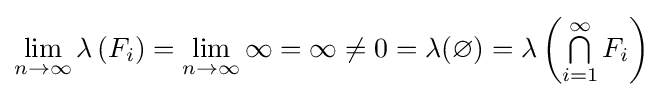
\lim _{n\to \infty }\lambda \left(F_{i}\right)=\lim _{n\to \infty }\infty =\infty \neq 0=\lambda (\varnothing )=\lambda \left(\textstyle \bigcap \limits _{i=1}^{\infty }F_{i}\right)